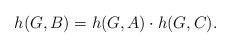
LaTeX: \begin{align*}h(G,B)=h(G,A)\cdot h(G,C).\end{align*}